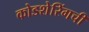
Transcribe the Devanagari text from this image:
कोडशेरिंगची